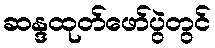
ဆန္ဒထုတ်ဖော်ပွဲတွင်